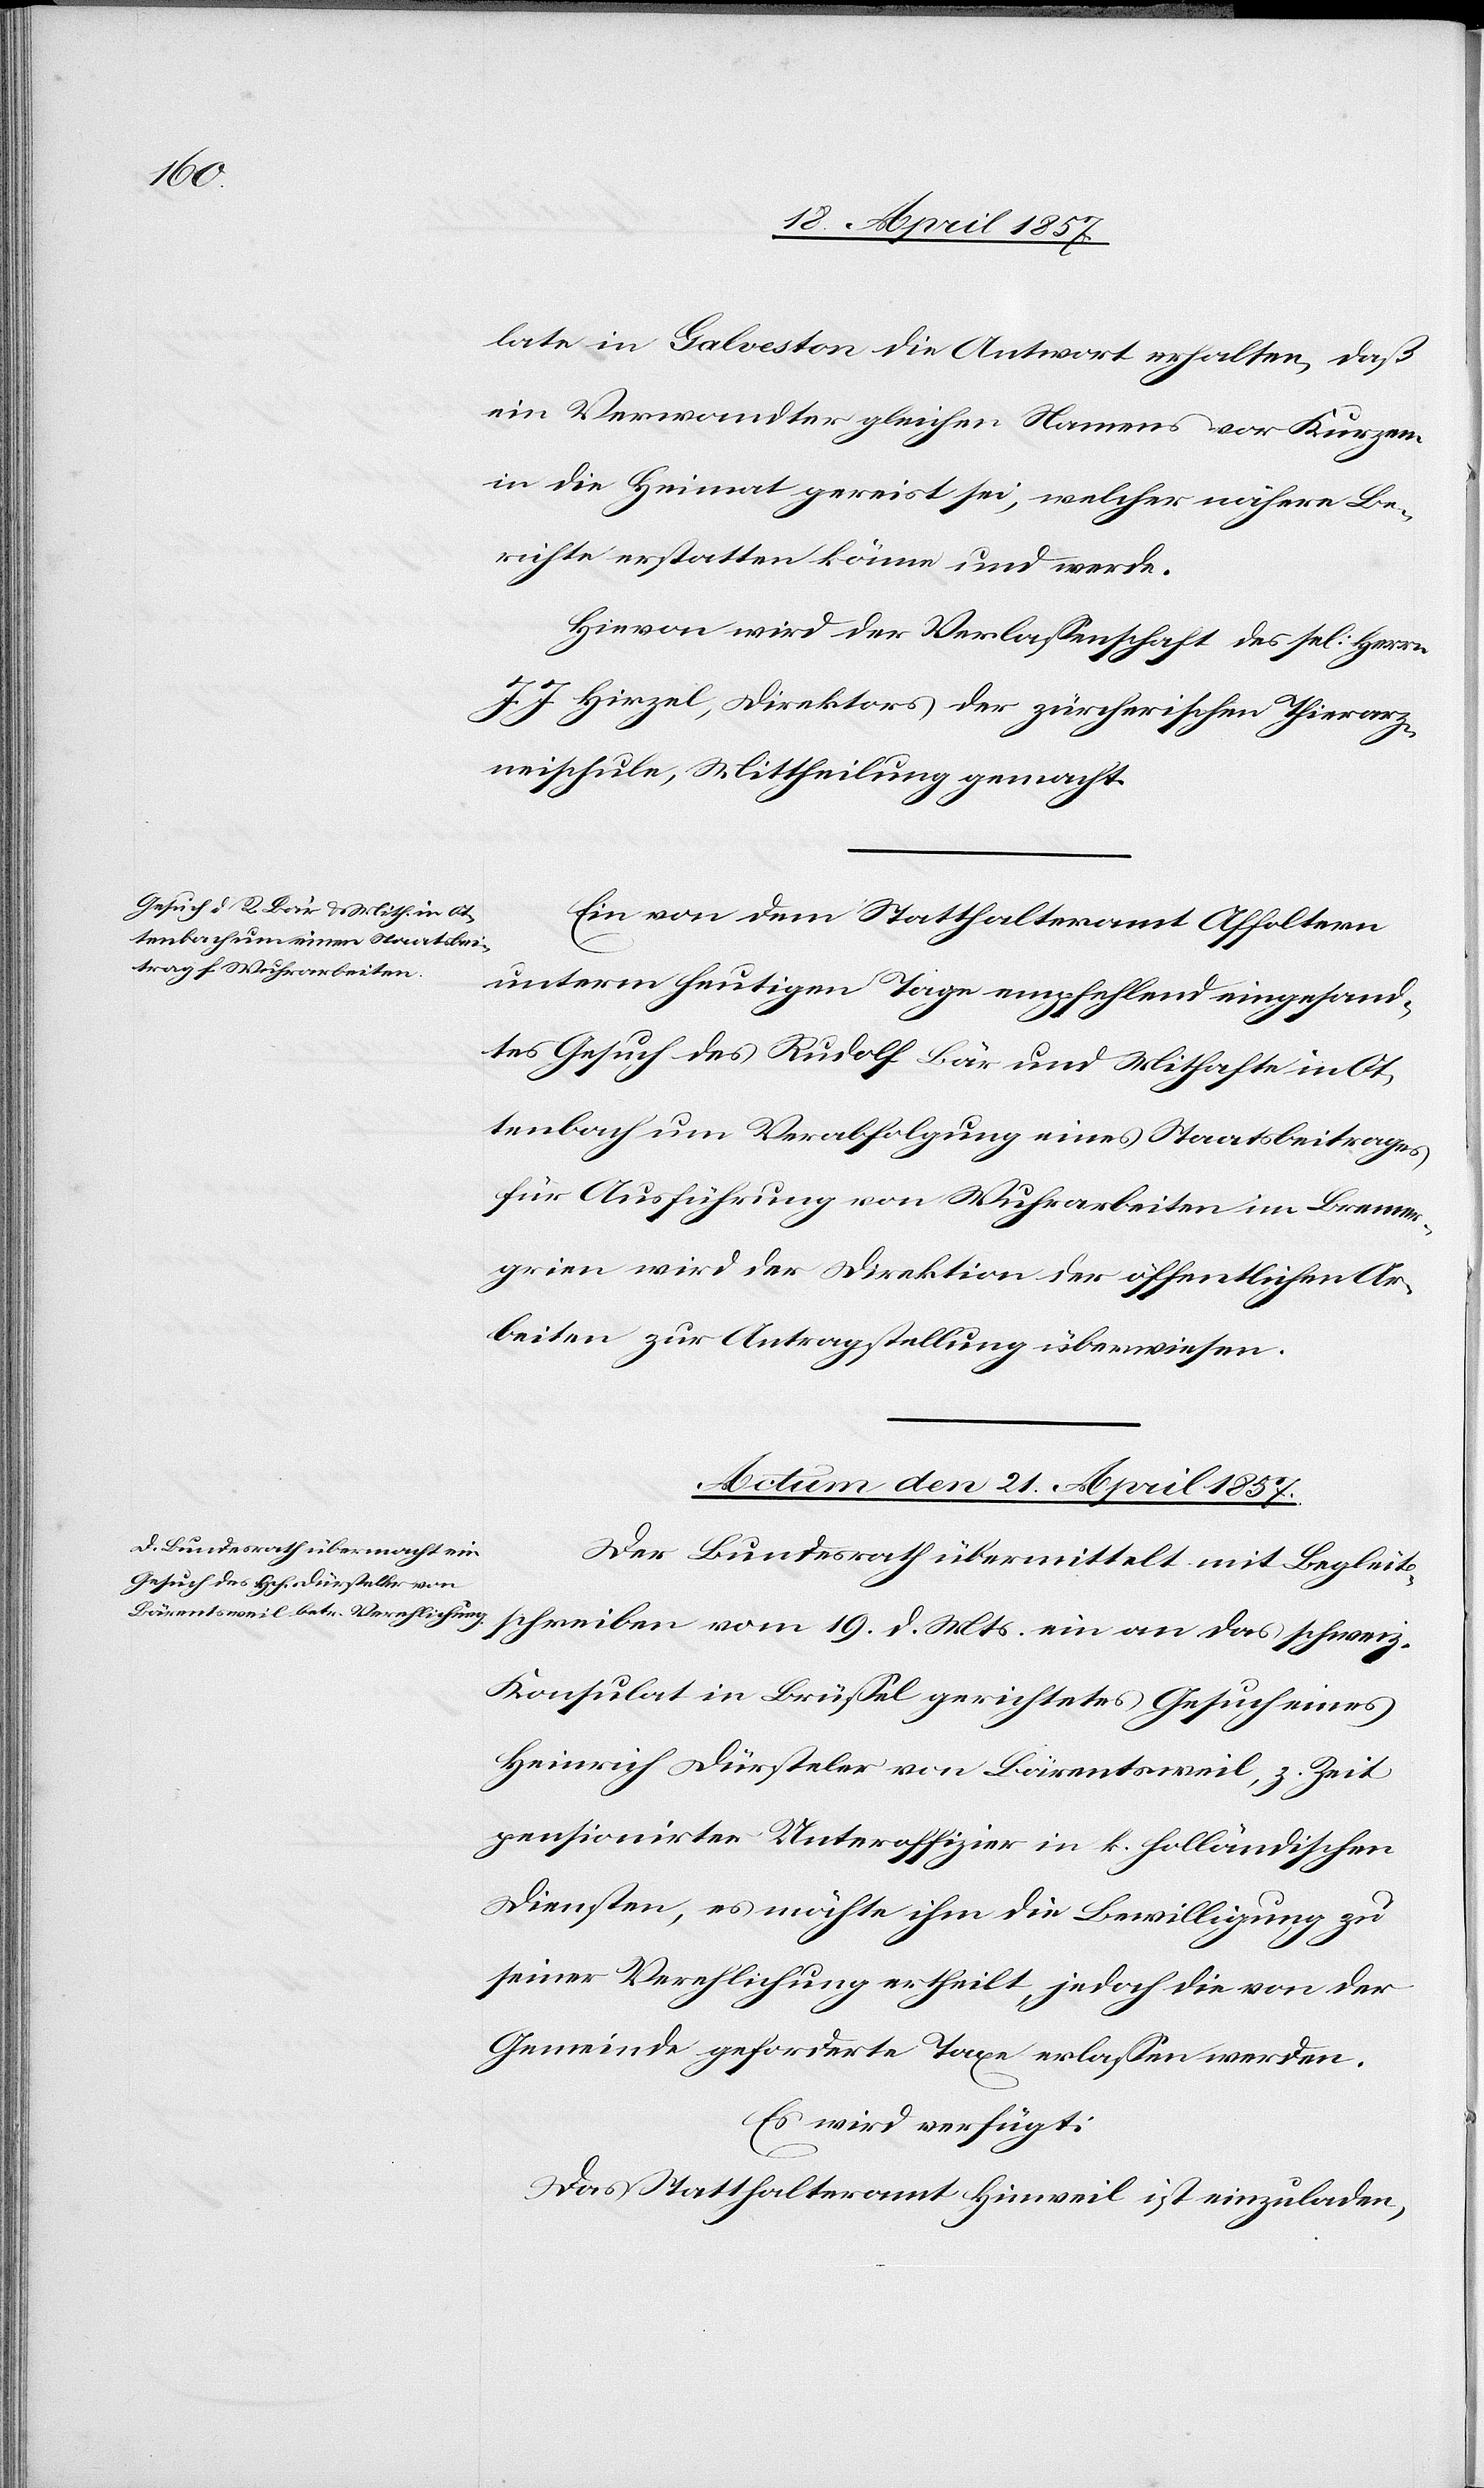
Mts.
late in Galveston die Antwort erhalten, daß
ein Verwandter gleichen Namens vor Kurzem
in die Heimat gereist sei, welcher nähere Be¬
richte erstatten könne und werde.
Hievon wird der Verlassenschaft des sel: Herrn
J. J. Hirzel, Direktors der zürcherischen Thierarz¬
neischule, Mittheilung gemacht.
Ein von dem Statthalteramt Affoltern
unterm heutigen Tage empfehlend eingesand¬
tes Gesuch des Rudolf Bär und Mithafte in Ot¬
tenbach um Verabfolgung eines Staatsbeitrages
für Ausführung von Wuhrarbeiten im Bremer¬
grien wird der Direktion der öffentlichen Ar¬
beiten zur Antragstellung überwiesen.
Actum den 21. April 1857.
Der Bundesrath übermittelt mit Begleits¬
Konsulat in Brüssel gerichtetes Gesuch eines
Heinrich Dürsteler von Bärentsweil, z. Zeit
pensionirten Unteroffizier in k. holländischen
Diensten, es möchte ihm die Bewilligung zu
seiner Verehlichung ertheilt jedoch die von der
Gemeinde geforderte Taxe erlassen werden.
Es wird verfügt:
Das Statthalteramt Hinweil ist einzuladen,